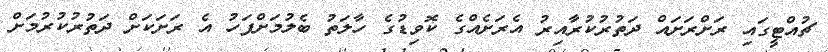
ޗުއްޓީގައި ރަށްރަށައް ދަތުރުކުރާއިރު އެރަށެއްގެ ކޮވިޑުގެ ހާލަތު ބެލުމަށްފަހު އެ ރަށަކަށް ދަތުރުކުރުމަށް